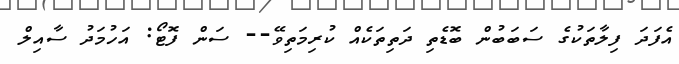
އެފަދަ ފިލާތަކުގެ ސަބަބުން ބޮޑެތި ދަތިތަކެއް ކުރިމަތިވޭ-- ސަން ފޮޓޯ: އަހުމަދު ސާއިލް